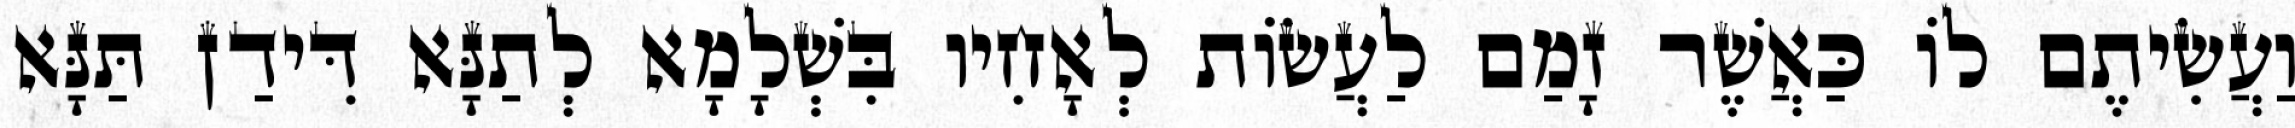
וַעֲשִׂיתֶם לוֹ כַּאֲשֶׁר זָמַם לַעֲשׂוֹת לְאָחִיו בִּשְׁלָמָא לְתַנָּא דִּידַן תַּנָּא